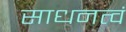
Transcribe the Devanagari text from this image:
साधनत्वं